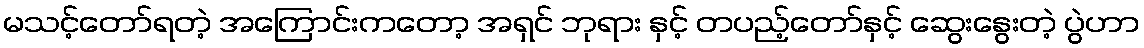
မသင့်တော်ရတဲ့ အကြောင်းကတော့ အရှင် ဘုရား နှင့် တပည့်တော်နှင့် ဆွေးနွေးတဲ့ ပွဲဟာ